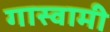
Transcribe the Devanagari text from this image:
गास्वामी